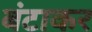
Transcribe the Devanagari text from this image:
बंटाकर